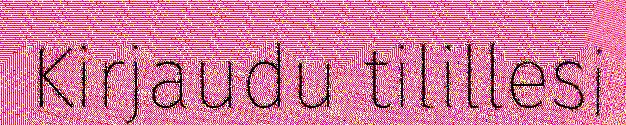
Kirjaudu tilillesi